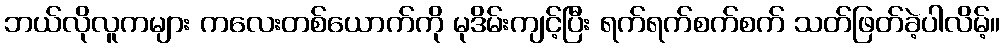
ဘယ်လိုလူကများ ကလေးတစ်ယောက်ကို မုဒိမ်းကျင့်ပြီး ရက်ရက်စက်စက် သတ်ဖြတ်ခဲ့ပါလိမ့်။